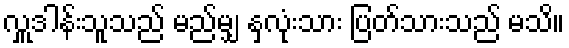
လှူဒါန်းသူသည် မည်မျှ နှလုံးသား ပြတ်သားသည် မသိ။